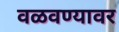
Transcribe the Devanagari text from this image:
वळवण्यावर